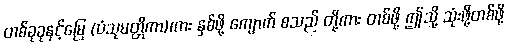
တစ်ခုခုနှင့်မြေ (ပံသုမတ္တိကာ)ကား နှစ်ဖို့ ကျောက် စသည် တို့ကား တစ်ဖို့ ဤသို့ သုံးဖို့တစ်ဖို့